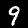
Label: 9